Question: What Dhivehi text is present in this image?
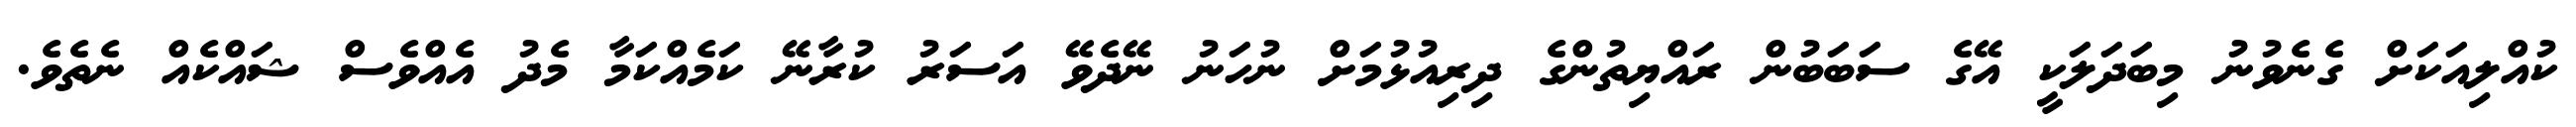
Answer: ކުއްލިއަކަށް ގެނެވުނު މިބަދަލަކީ އޭގެ ސަބަބުން ރައްޔިތުންގެ ދިރިއުޅުމަށް ނުހަނު ނޭދެވޭ އަސަރު ކުރާނޭ ކަމެއްކަމާ މެދު އެއްވެސް ޝައްކެއް ނެތެވެ.